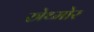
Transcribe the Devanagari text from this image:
स्त्रेथ्मोर